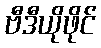
ဗီဒီယိုဖိုင်